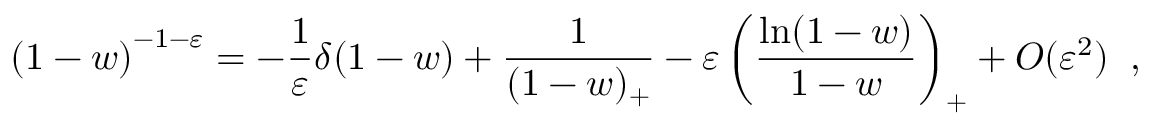
\left( 1 - w \right) ^ { - 1 - \varepsilon } = - \frac { 1 } { \varepsilon } \delta ( 1 - w ) + \frac { 1 } { ( 1 - w ) _ { + } } - \varepsilon \left( \frac { \ln ( 1 - w ) } { 1 - w } \right) _ { + } + { \cal O } ( \varepsilon ^ { 2 } ) \; \; ,